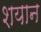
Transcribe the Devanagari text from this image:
शयान